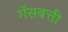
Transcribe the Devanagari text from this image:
गॅसबत्ती